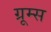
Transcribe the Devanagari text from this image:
ग्रूम्स